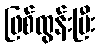
ဖြစ်ထွန်းပြီး